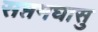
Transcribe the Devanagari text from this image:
सप्तमघासु